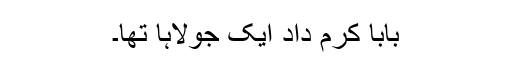
بابا کرم داد ایک جولاہا تھا۔